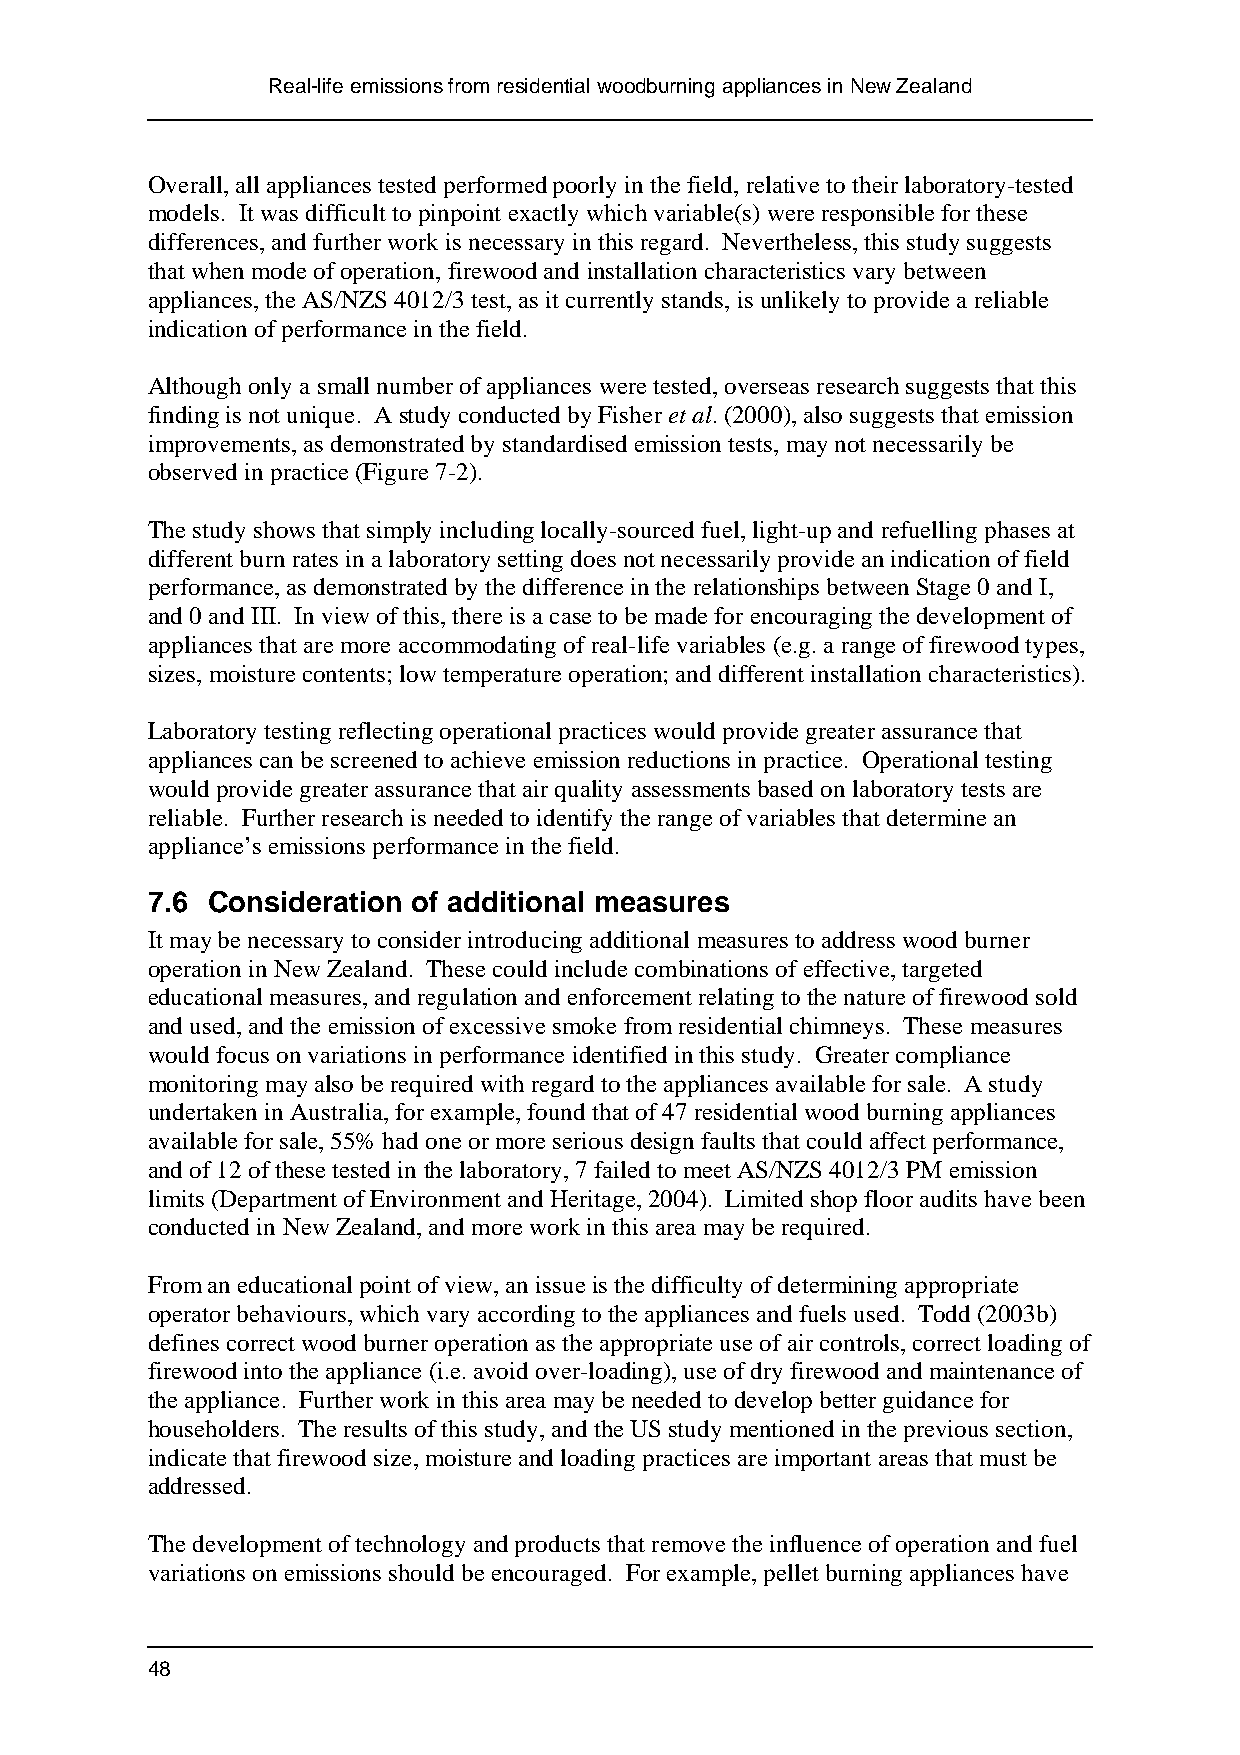
Real-life emissions from residential woodburning appliances in New Zealand
 Overall, all appliances tested performed poorly in the field, relative to their laboratory-tested
 models. It was difficult to pinpoint exactly which variable(s) were responsible for these
 differences, and further work is necessary in this regard. Nevertheless, this study suggests
 that when mode of operation, firewood and installation characteristics vary between
 appliances, the AS/NZS 4012/3 test, as it currently stands, is unlikely to provide a reliable
 indication of performance in the field.
 Although only a small number of appliances were tested, overseas research suggests that this
 finding is not unique. A study conducted by Fisher et al. (2000), also suggests that emission
 improvements, as demonstrated by standardised emission tests, may not necessarily be
 observed in practice (Figure 7-2).
 The study shows that simply including locally-sourced fuel, light-up and refuelling phases at
 different burn rates in a laboratory setting does not necessarily provide an indication of field
 performance, as demonstrated by the difference in the relationships between Stage 0 and I,
 and 0 and III. In view of this, there is a case to be made for encouraging the development of
 appliances that are more accommodating of real-life variables (e.g. a range of firewood types,
 sizes, moisture contents; low temperature operation; and different installation characteristics).
 Laboratory testing reflecting operational practices would provide greater assurance that
 appliances can be screened to achieve emission reductions in practice. Operational testing
 would provide greater assurance that air quality assessments based on laboratory tests are
 reliable. Further research is needed to identify the range of variables that determine an
 appliance’s emissions performance in the field.
 7.6 Consideration of additional measures
 It may be necessary to consider introducing additional measures to address wood burner
 operation in New Zealand. These could include combinations of effective, targeted
 educational measures, and regulation and enforcement relating to the nature of firewood sold
 and used, and the emission of excessive smoke from residential chimneys. These measures
 would focus on variations in performance identified in this study. Greater compliance
 monitoring may also be required with regard to the appliances available for sale. A study
 undertaken in Australia, for example, found that of 47 residential wood burning appliances
 available for sale, 55% had one or more serious design faults that could affect performance,
 and of 12 of these tested in the laboratory, 7 failed to meet AS/NZS 4012/3 PM emission
 limits (Department of Environment and Heritage, 2004). Limited shop floor audits have been
 conducted in New Zealand, and more work in this area may be required.
 From an educational point of view, an issue is the difficulty of determining appropriate
 operator behaviours, which vary according to the appliances and fuels used. Todd (2003b)
 defines correct wood burner operation as the appropriate use of air controls, correct loading of
 firewood into the appliance (i.e. avoid over-loading), use of dry firewood and maintenance of
 the appliance. Further work in this area may be needed to develop better guidance for
 householders. The results of this study, and the US study mentioned in the previous section,
 indicate that firewood size, moisture and loading practices are important areas that must be
 addressed.
 The development of technology and products that remove the influence of operation and fuel
 variations on emissions should be encouraged. For example, pellet burning appliances have
 48